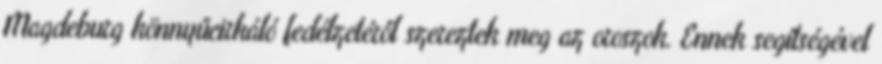
Magdeburg könnyűcirkáló fedélzetéről szereztek meg az oroszok. Ennek segítségével